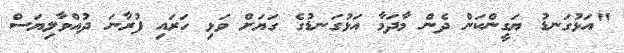
"އަޅުގަނޑު ޔަގީންކަން ދެން މާދަމާ އަޅުގަނޑުގެ ގަޔަށް ވަޅި ހަރައި ފުރާނަ ދުއްވާލިޔަސް